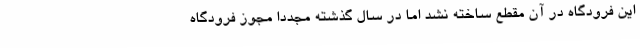
این فرودگاه در آن مقطع ساخته نشد اما در سال گذشته مجدداً مجوز فرودگاه